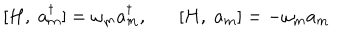
LaTeX: [ H , \; a _ { m } ^ { \dagger } ] = \omega _ { m } a _ { m } ^ { \dagger } , [ H , \; a _ { m } ] = - \omega _ { m } a _ { m }